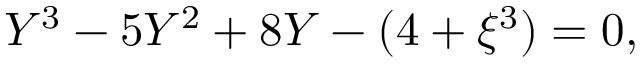
{ { \cal { Y } } } ^ { 3 } - 5 { { \cal { Y } } } ^ { 2 } + 8 { \cal { Y } } - ( 4 + \xi ^ { 3 } ) = 0 ,